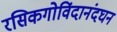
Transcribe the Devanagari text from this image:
रसिकगोविंदानंदघन